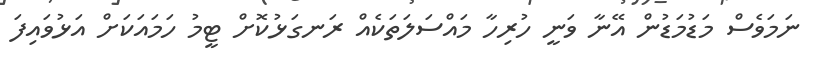
ނަމަވެސް މަޑުމަޑުން އޭނާ ވަނީ ހުރިހާ މައްސަލަތަކެއް ރަނގަޅުކޮށް ޓީމު ހަމައަކަށް އަޅުވައިފަ